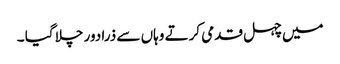
میں چہل قدمی کرتے وہاں سے ذرا دور چلا گیا ۔